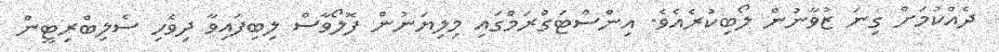
ދެއްކުމަށް ގިނަ ޒުވާނުން ލޯބިކުރެއެވެ. އިންސްޓަގްރަމްގައި މިލިޔަނުން ފޮލޯވާސް ލިބިފައިވާ ދިވެހި ސެލިބްރިޓީން